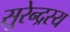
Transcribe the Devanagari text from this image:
सुरेन्द्रस्य